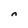
Character: n